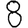
Digit: 8